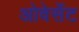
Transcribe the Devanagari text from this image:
ओवेर्सेट